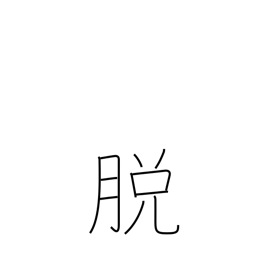
Meaning: undress